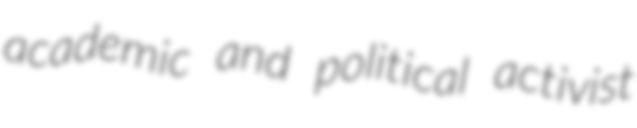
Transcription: academic and political activist